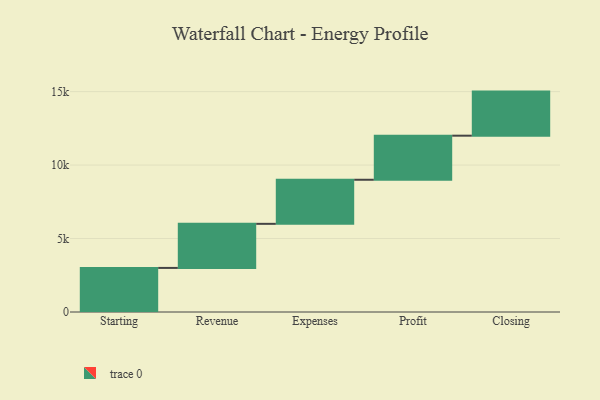
{"axis": {"x": "Step", "y": "Value"}, "legend": [""], "data": [{"x": "Starting", "y": 3000, "type": ""}, {"x": "Revenue", "y": 3000, "type": ""}, {"x": "Expenses", "y": 3000, "type": ""}, {"x": "Profit", "y": 3000, "type": ""}, {"x": "Closing", "y": 3000, "type": ""}]}